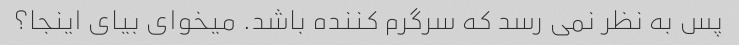
پس به نظر نمی رسد که سرگرم کننده باشد. میخوای بیای اینجا؟